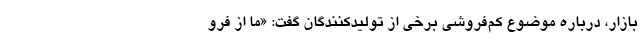
بازار، درباره موضوع کم‌فروشی برخی از تولیدکنندگان گفت: «ما از فرو